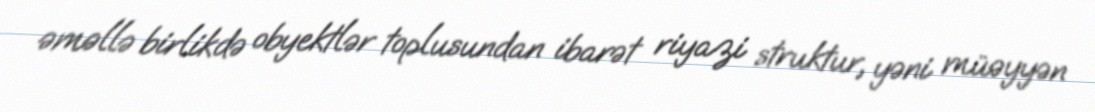
əməllə birlikdə obyektlər toplusundan ibarət riyazi struktur, yəni müəyyən